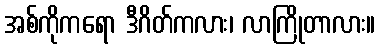
အစ်ကိုကရော ဒီဂိတ်ကလား၊ လာကြိုတာလား။